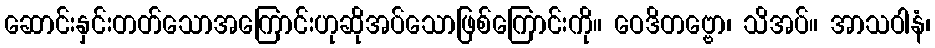
ဆောင်းနှင်းတတ်သောအကြောင်းဟုဆိုအပ်သောဖြစ်ကြောင်းကို။ ဝေဒိတဗ္ဗော၊ သိအပ်။ အာသဝါနံ၊